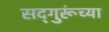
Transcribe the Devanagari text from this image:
सद्‍गुरूंच्या